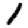
Digit: 1